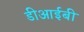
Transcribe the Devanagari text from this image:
डीआईबी